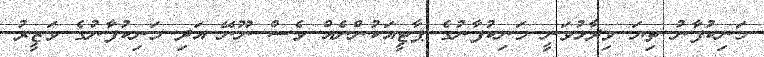
މަނިކުފާނު ތިޔަ ވިދާޅުވަނީ މަނިކުފާނުގެ ޕާޓީއަކުންނެއް ވެސް ނޫނޭ އަދި މަނިކުފާނުގެ ވަޒީރު